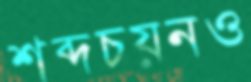
শব্দচয়নও